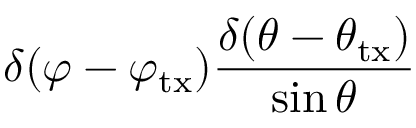
{ \delta ( \varphi - { \varphi _ { \mathrm { t x } } } ) } \frac { { \delta ( \theta - { \theta _ { \mathrm { t x } } } ) } } { { \sin \theta } }